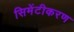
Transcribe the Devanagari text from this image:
सिमेंटीकरण